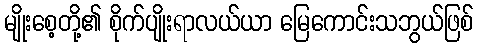
မျိုးစေ့တို့၏ စိုက်ပျိုးရာလယ်ယာ မြေကောင်းသဘွယ်ဖြစ်